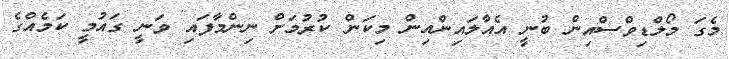
މެގަ މޯލްޑިވްސްއިން ބުނީ އެއާލައިންއިން މިކަން ކުރުމަށް ނިންމާފައި ވަނީ ގައުމީ ކަމެއްގެ